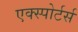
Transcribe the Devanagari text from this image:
एक्स्पोर्टर्स